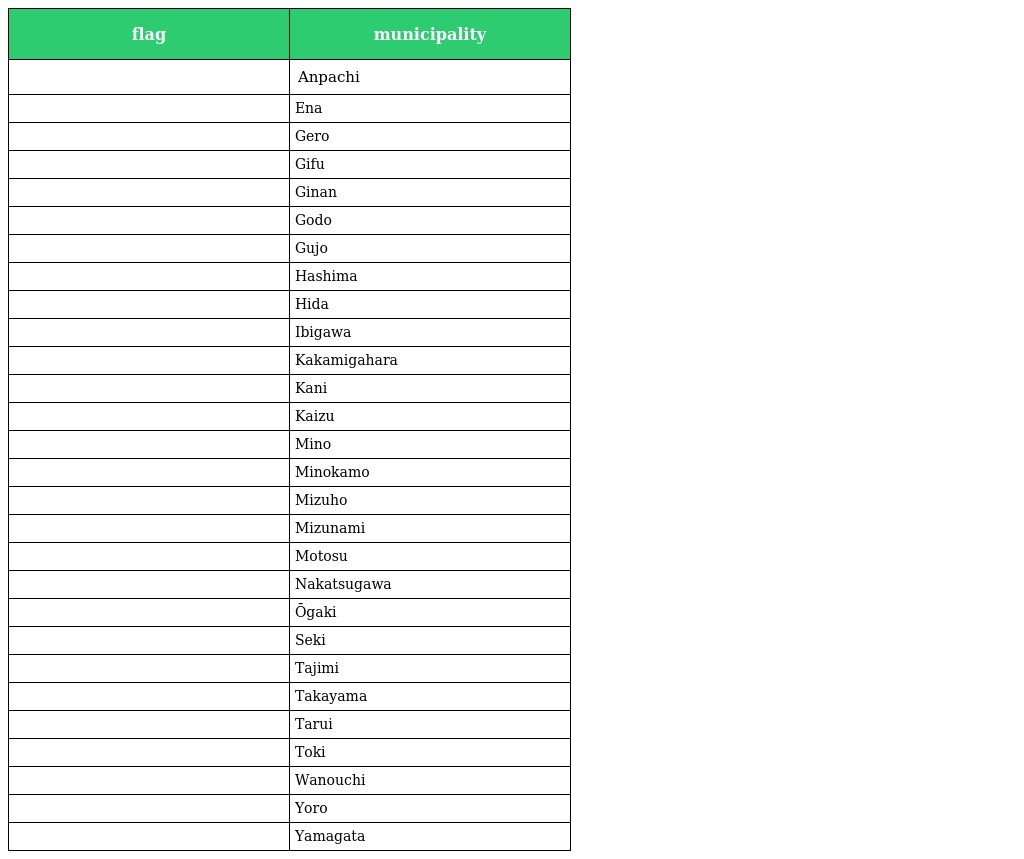
| flag | municipality |
 | --- | --- |
 |  | Anpachi |
 |  | Ena |
 |  | Gero |
 |  | Gifu |
 |  | Ginan |
 |  | Godo |
 |  | Gujo |
 |  | Hashima |
 |  | Hida |
 |  | Ibigawa |
 |  | Kakamigahara |
 |  | Kani |
 |  | Kaizu |
 |  | Mino |
 |  | Minokamo |
 |  | Mizuho |
 |  | Mizunami |
 |  | Motosu |
 |  | Nakatsugawa |
 |  | Ōgaki |
 |  | Seki |
 |  | Tajimi |
 |  | Takayama |
 |  | Tarui |
 |  | Toki |
 |  | Wanouchi |
 |  | Yoro |
 |  | Yamagata |